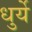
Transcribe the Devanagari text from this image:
धुर्ये